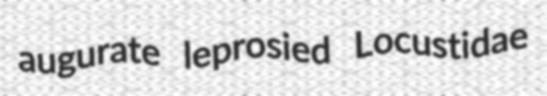
augurate leprosied Locustidae